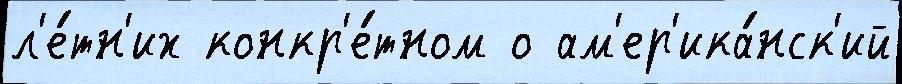
л'е́тн'их конкр'е́тном о ам'ер'ика́нск'ий